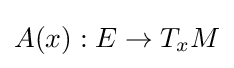
A(x):E\to T_{x}M